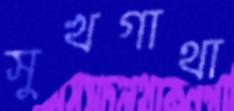
সুখগাথা